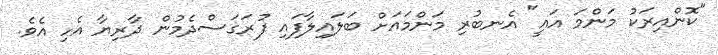
"ކޮންއިރަކު މަންމަ އައީ" އެނބުރި މަންމައަށް ބަލައިލާފައި ފުރަގަސްދެމުން ދާރިޔާ އެހި އެވެ.